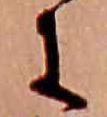
に